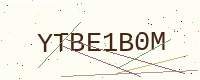
Text: YTBE1B0M